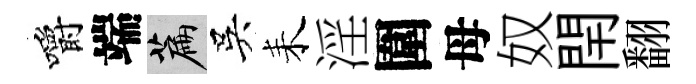
嚼端篇吳耒淫圍母奴閈翻